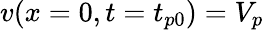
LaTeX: v(x=0,t=t_{p0})=V_{p}